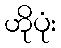
ဟိုပုံး